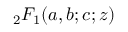
{ } _ { 2 } F _ { 1 } ( a , b ; c ; z )